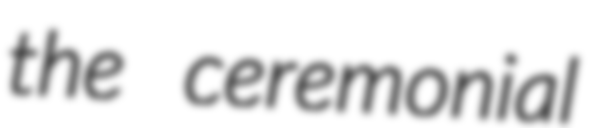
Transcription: the ceremonial